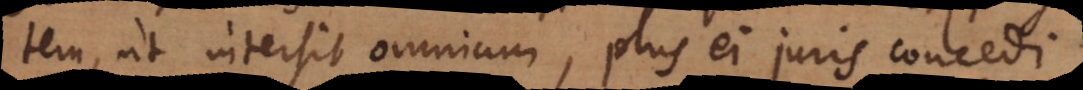
tem, ut intersit omnium, plus ei juris concedi